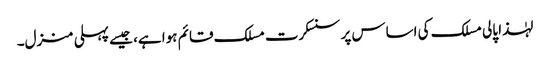
لہٰذا پالی مسلک کی اساس پر سنسکرت مسلک قائم ہوا ہے، جیسے پہلی منزل۔